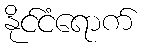
နိုင်ငံရောက်